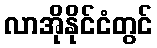
လာအိုနိုင်ငံတွင်